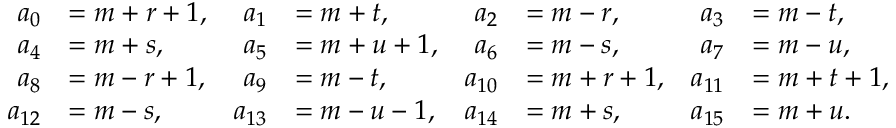
\begin{array} { r l r l r l r l } { a _ { 0 } } & { = m + r + 1 , } & { a _ { 1 } } & { = m + t , } & { a _ { 2 } } & { = m - r , } & { a _ { 3 } } & { = m - t , } \\ { a _ { 4 } } & { = m + s , } & { a _ { 5 } } & { = m + u + 1 , } & { a _ { 6 } } & { = m - s , } & { a _ { 7 } } & { = m - u , } \\ { a _ { 8 } } & { = m - r + 1 , } & { a _ { 9 } } & { = m - t , } & { a _ { 1 0 } } & { = m + r + 1 , } & { a _ { 1 1 } } & { = m + t + 1 , } \\ { a _ { 1 2 } } & { = m - s , } & { a _ { 1 3 } } & { = m - u - 1 , } & { a _ { 1 4 } } & { = m + s , } & { a _ { 1 5 } } & { = m + u . } \end{array}